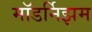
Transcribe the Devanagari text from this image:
मॉडर्निझम